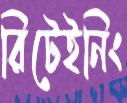
রিটেইনিং